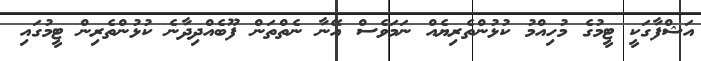
އަޝްފާގަކީ ޓީމުގެ މުހިއްމު ކުޅުންތެރިޔެއް ނަމަވެސް އޭނާ ނެތްތަން ފޫބެއްދިދާނެ ކުޅުންތެރިން ޓީމުގައި